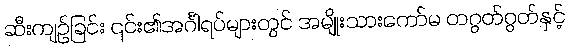
ဆီးကျဉ်ခြင်း ၎င်း၏အင်္ဂါရပ်များတွင် အမျိုးသားကော်မ တဂွတ်ဂွတ်နှင့်